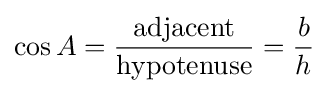
\cos A={\frac {\textrm {adjacent}}{\textrm {hypotenuse}}}={\frac {b}{h}}